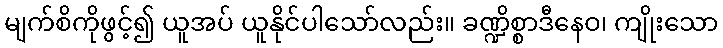
မျက်စိကိုဖွင့်၍ ယူအပ် ယူနိုင်ပါသော်လည်း။ ခဏ္ဍိစ္စာဒီနေဝ၊ ကျိုးသော